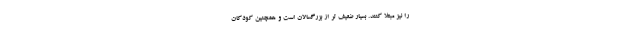
را نیز مبتلا کنند. بسیار ضعیف تر از بزرگسالان است و همچنین کودکان